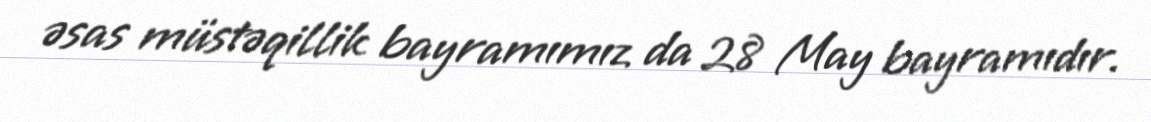
əsas müstəqillik bayramımız da 28 May bayramıdır.